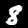
Label: 8